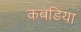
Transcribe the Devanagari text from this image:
कबडिया